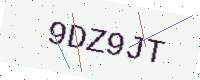
Text: 9DZ9JT